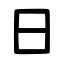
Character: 日